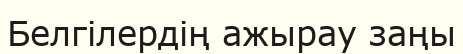
Белгілердің ажырау заңы